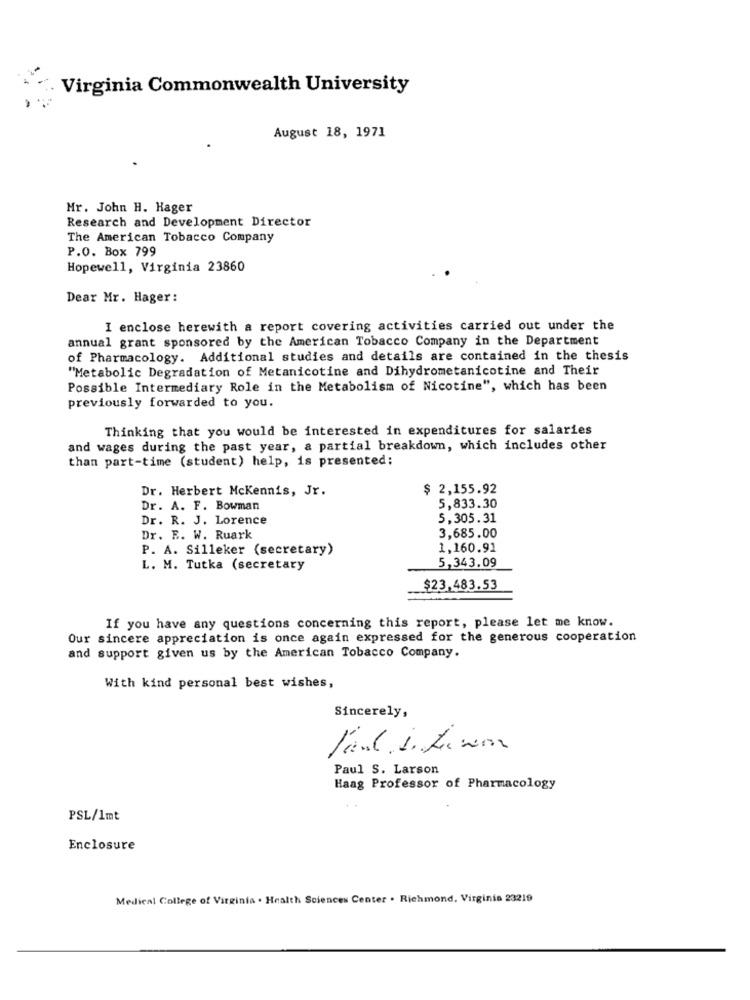
Virginia Commonwealth University
August 18, 1971
Mr. John H. Hager
Research and Development Director
The American Tobacco Company
P.O. Box 799
Hopewell, Virginia 23860
Dear Mr. Hager:
I enclose herewith a report covering activities carried out under the
annual grant sponsored by the American Tobacco Company in the Department
of Pharmacology. Additional studies and details are contained in the thesis
"Metabolic Degradation of Metanicotine and Dihydrometanicotine and Their
Possible Intermediary Role in the Metabolism of Nicotine", which has been
previously forwarded to you.
Thinking that you would be interested in expenditures for salaries
and wages during the past year, a partial breakdown, which includes other
than part-time (student) help, is presented:
Dr. Herbert McKennis, Jr.
$ 2,155.92
Dr. A. F. Bowman
5,833.30
Dr. R. J. Lorence
5,305.31
Dr. E. W. Ruark
3,685.00
P. A. Silleker (secretary)
1,160.91
L. M. Tutka (secretary
5,343.09
$23,483.53
If you have any questions concerning this report, please let me know.
Our sincere appreciation is once again expressed for the generous cooperation
and support given us by the American Tobacco Company.
With kind personal best wishes,
Sincerely,
Paul S. Larson
Haag Professor of Pharmacology
PSL/1mt
Enclosure
Medical College of Virginia . Health Sciences Center . Richmond, Virginia 23219